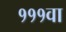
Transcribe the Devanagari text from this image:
१११वा